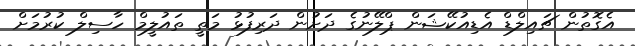
އެގޮތުން ޗައިލްޑް އެޑިއުކޭޝަން ޕްލޭނުގެ ދަށުން ދަރިފުޅު މަތީ ތައުލީމް ހާސިލް ކުރުމަށް